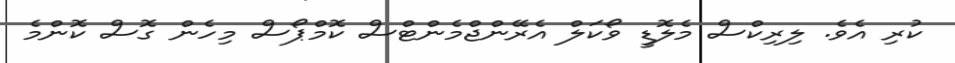
ކުރި އެވެ. ލިރިކްސް މެލޮޑީ ވޯކަލް އެރޭންޖްމެންޓްސް ކޮމްޕޯސް މިހެން ގޮސް ކޮންމެ